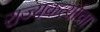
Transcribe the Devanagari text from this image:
राज्यकर्त्याचा